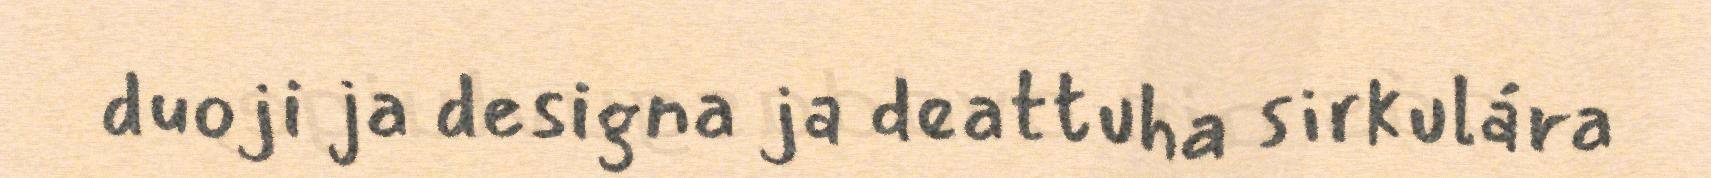
duoji ja designa ja deattuha sirkulára